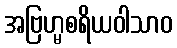
အဗြဟ္မစရိယဝါသာဝ